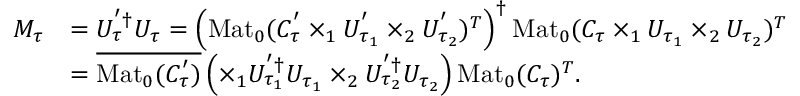
\begin{array} { r l } { M _ { \tau } } & { = U _ { \tau } ^ { ' \dagger } U _ { \tau } = \left( \mathrm { M a t } _ { 0 } ( C _ { \tau } ^ { ' } \times _ { 1 } U _ { \tau _ { 1 } } ^ { ' } \times _ { 2 } U _ { \tau _ { 2 } } ^ { ' } ) ^ { T } \right) ^ { \dagger } \mathrm { M a t } _ { 0 } ( C _ { \tau } \times _ { 1 } U _ { \tau _ { 1 } } \times _ { 2 } U _ { \tau _ { 2 } } ) ^ { T } } \\ & { = \overline { { \mathrm { M a t } _ { 0 } ( C _ { \tau } ^ { ' } ) } } \left( \times _ { 1 } U _ { \tau _ { 1 } } ^ { ' \dagger } U _ { \tau _ { 1 } } \times _ { 2 } U _ { \tau _ { 2 } } ^ { ' \dagger } U _ { \tau _ { 2 } } \right) \mathrm { M a t } _ { 0 } ( C _ { \tau } ) ^ { T } . } \end{array}